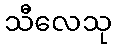
သီလေသု